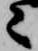
々